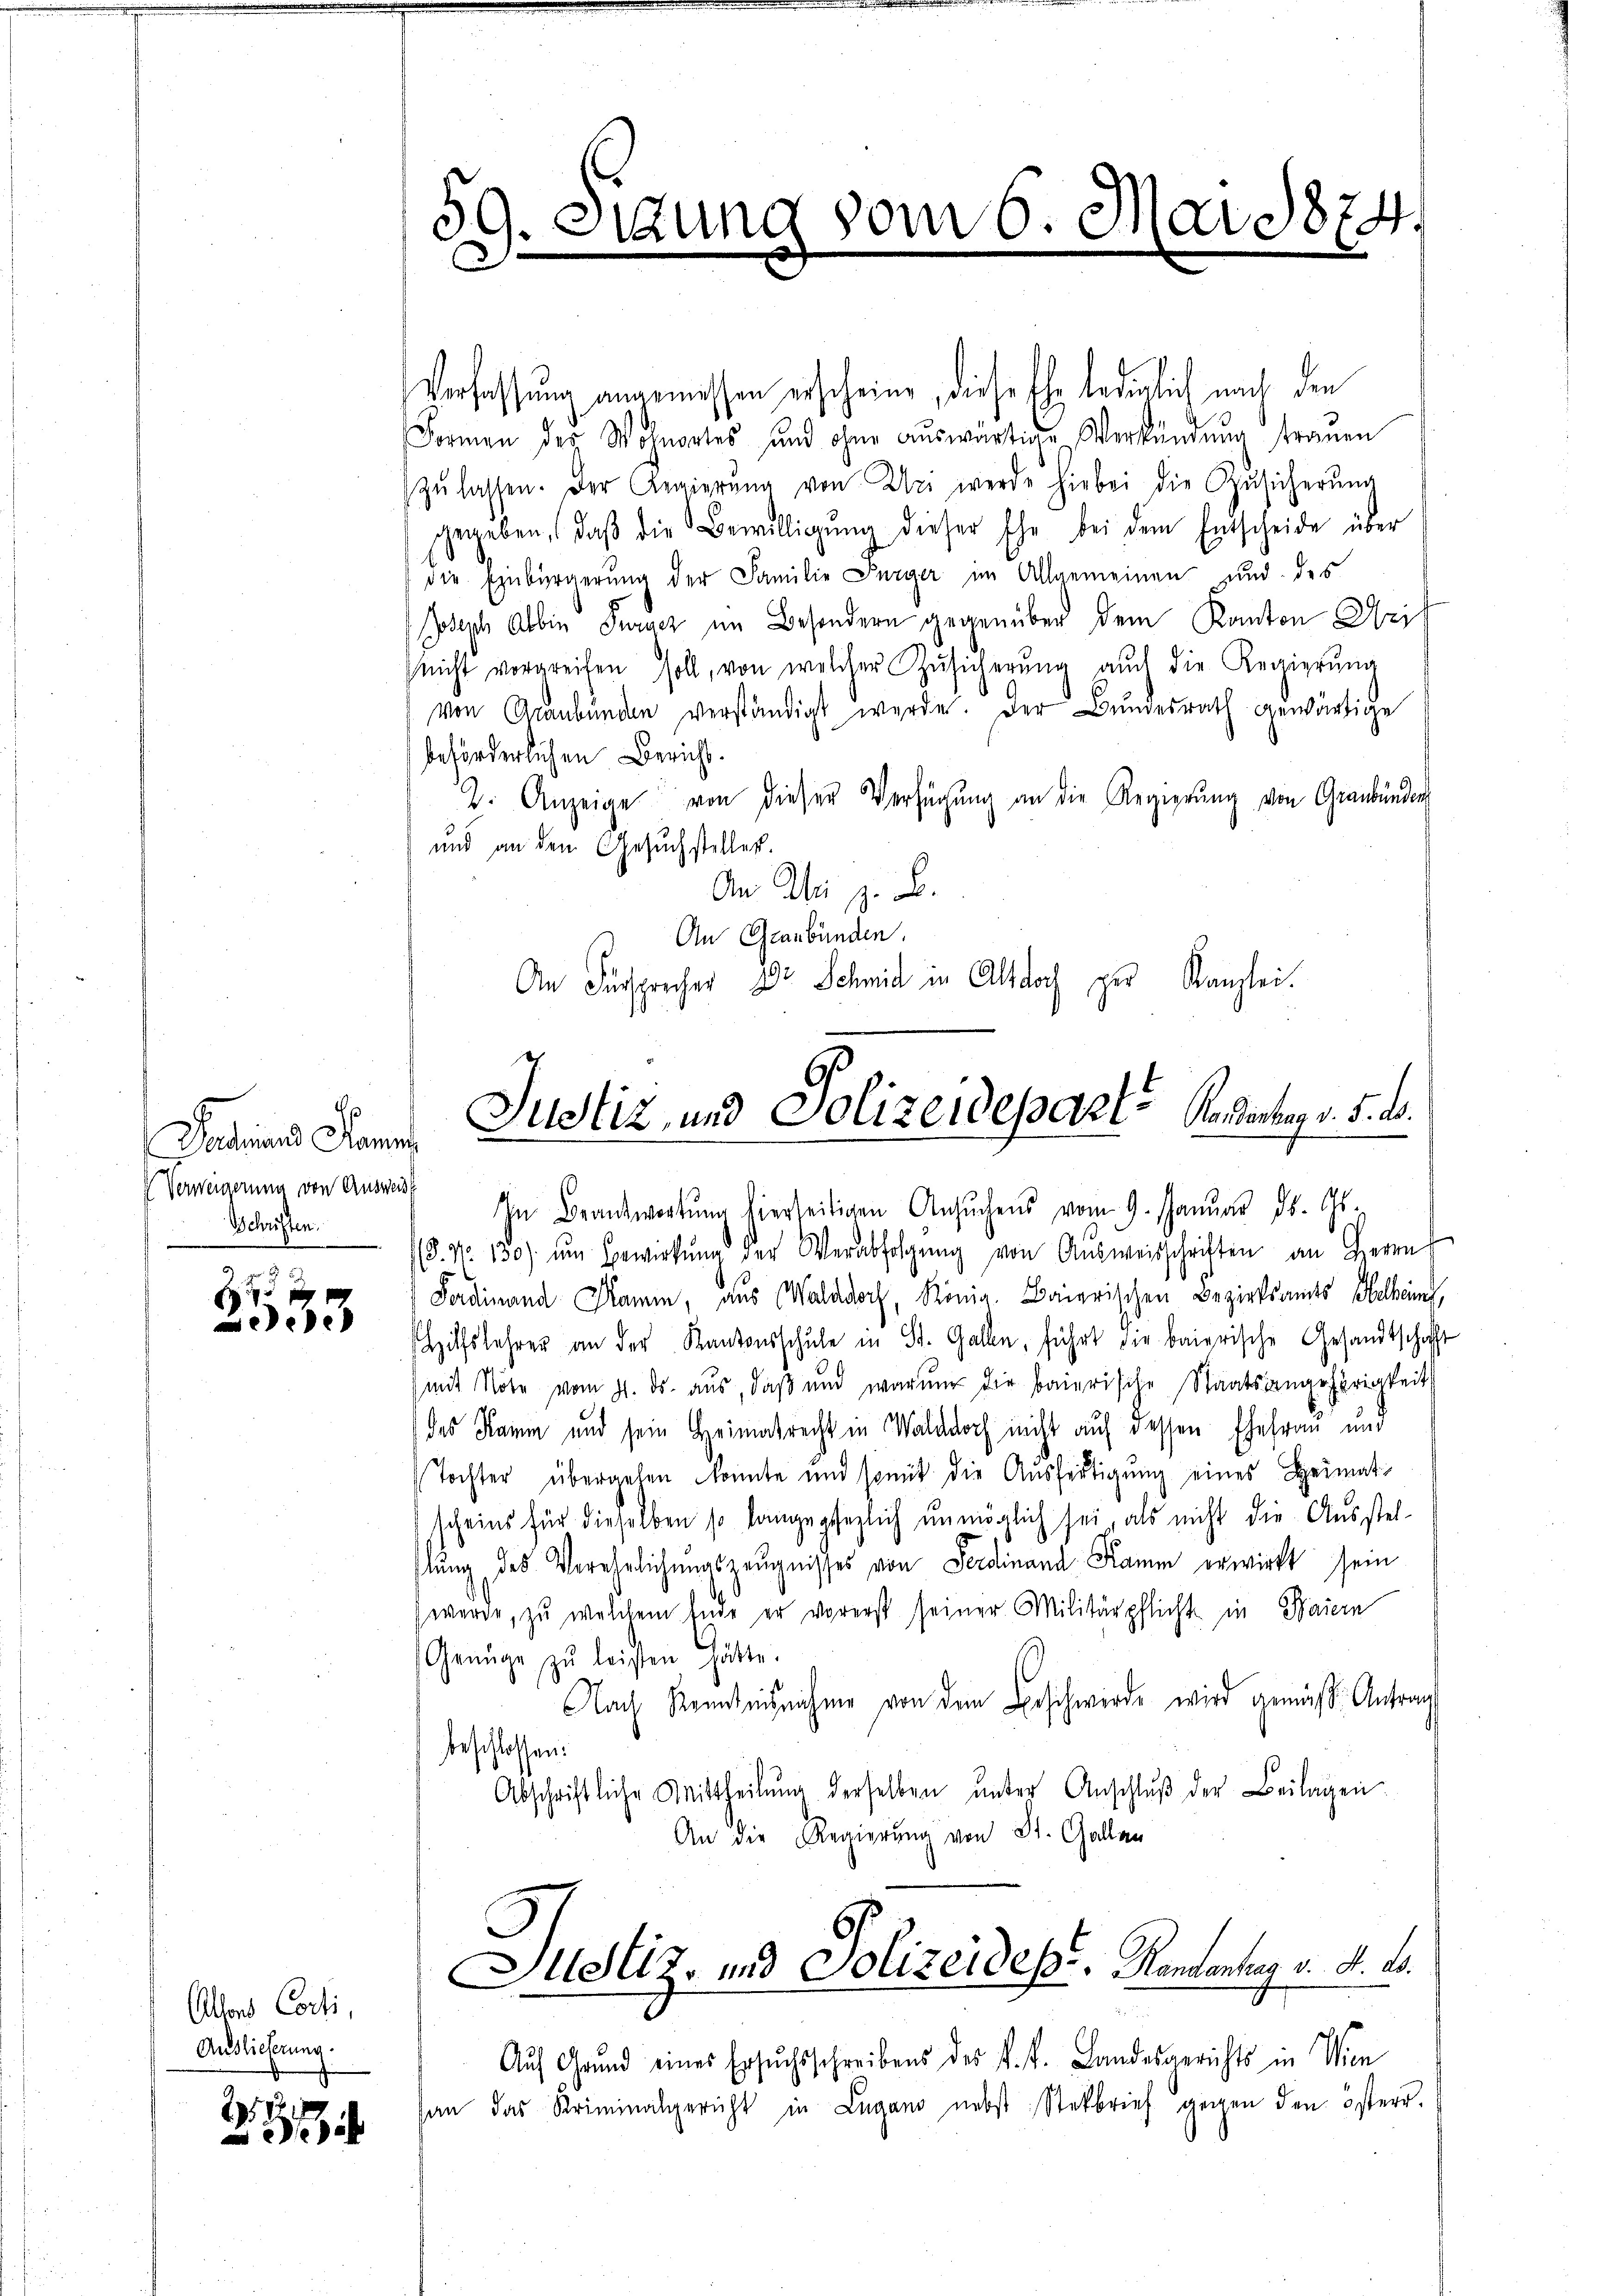
Gadriand Kamme
Verweigerung von Ausweis
Schriften.

u
x
ee

Alons Conti,
Auslieferung.

251
3

39. Sitzung vom 6. Mai 1874

Verfassung angemessen erscheine, diese Ehe lediglich nach den
Formen des Wohnortes und ohne aŭswärtige Verkündung traŭen
zŭ lassen. Der Regierŭng von Uri werde hiebei die Zŭsicherŭng
gegeben, daβ die Bewilligŭng dieser Ehe bei dem Entscheide über
die Einbürgerung der Familie Furger im Allgemeinen und des
Joseph Albin Puricz im Besondern gegenüber dem Kanton Grif
nicht vorgreifen soll, von welcher Zŭsigerŭng aŭch die Regierŭng
von Graubünden verständigt werde. Der Bundesrath gewärtige
beförderlichen Bericht.
4. Anzeige von dieser Verfügŭng an die Regierŭng von Graubünden
und an den Gesuchsteller.
An Wir z. B.
An Graubünden.
An Fürsprecher Dr Schmid in Altdoch zur Kanzlei.

In Beantwortŭng hierseitigen Ansŭchens vom 9. Janŭar ds. Gs.
S. Nr. 150) ŭm Bewirkŭng der Verabfolgŭng von Aŭsweisschriften an Herrn
Ferdinand Klamm, aus Walddorf, König. Baierischen Bezirksamts Holbeins,
shilfslehrer an der Kantonsschule in St. Gallen, führt die baierische Gesandtschaft
mit Note vom 21. ds. aus, daβ ŭnd warum die baierische Staatsangehörigkeit
des Kamm und sein Heimatrecht in Wald doch nicht auf dessen Ehefrau und
Tochter übergehen konnte und somit die Aŭsfertigŭng eines Heimat
scheins für dieselben so langesezlich unmöglich sei, als nicht die Ausstel-
lung des Verehrlichungszeugnisses von Ferdinand Kamm erwirkt sein
werde, zu welchem Ende er vorerst seiner Militärpflicht in Baiern
Genüge zŭ leisten hätte.
Nach Kenntnisnahme von dem Beschwerde wird gemäß Antrag
beschlossen:
Abschriftliche Mittheilŭng derselben ŭnter Anschlŭβ der Beilagen
An die Regierung von St. Gallan
Helz- und Polizeides. Kantonsrez v. d. 20.
Auf Grund eines Ersuchsschreibens des k. k. Landesgerichts in Wien
han das Kriminalgericht in Lugano nebst: Steckbrief gegen den österr.

Justiz, und Polizeideparte Handerung v. 5. d.
u